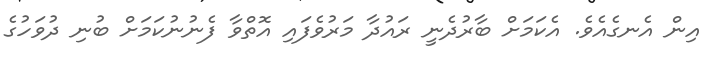
އިން އެނގެއެވެ. އެކަމަށް ބާރުދެނީ ރައުދާ މަރުވެފައި އޮތްވާ ފެނުނުކަމަށް ބުނި ދުވަހުގެ